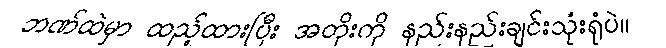
ဘဏ်ထဲမှာ ထည့်ထားပြီး အတိုးကို နည်းနည်းချင်းသုံးရုံပဲ။